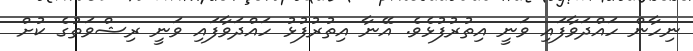
ނިހާން ހައްދަވާފައި ވަނީ އިތުރުފުޅެވެ. އޭނާ އިތުރުފުޅު ހައްދަވާފައި ވަނީ ރިޝްވަތުގެ ކުށް